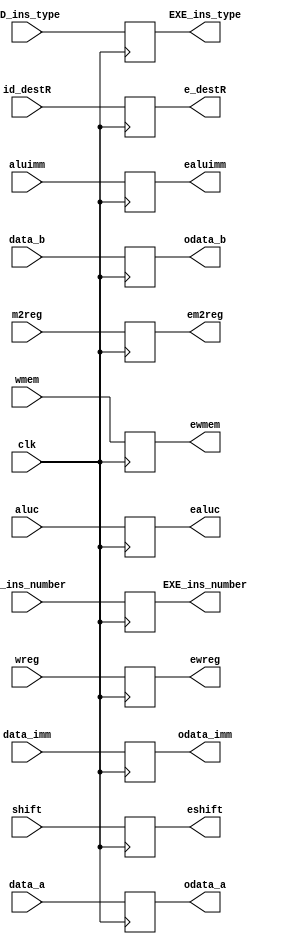
`timescale 1ns / 1ps
//////////////////////////////////////////////////////////////////////////////////
// Company: 
// Engineer: 
// 
// Design Name: 
// Module Name:    Reg_ID_EXE 
// Project Name: 
// Target Devices: 
// Tool versions: 
// Description: 
//
// Dependencies: 
//
// Revision: 
// Revision 0.01 - File Created
// Additional Comments: 
//
//////////////////////////////////////////////////////////////////////////////////
module Reg_ID_EXE(clk, wreg, m2reg, wmem, aluc, shift, aluimm, data_a, data_b, data_imm, id_destR, //inputs
								ewreg, em2reg, ewmem, ealuc, eshift, ealuimm, odata_a,odata_b, odata_imm, e_destR,
								ID_ins_type, ID_ins_number, EXE_ins_type, EXE_ins_number);	//outputs
	input	clk;
	input wreg,	m2reg, wmem, shift, aluimm;
	input [3:0]  aluc;
	input [31:0] data_a,	data_b, data_imm;
	input [4:0]  id_destR;
	input [3:0]  ID_ins_type;
	input [3:0]	 ID_ins_number;
	
	output ewreg, em2reg, ewmem, eshift, ealuimm;
	output [3:0]  ealuc;
	output [31:0] odata_a, odata_b, odata_imm;
	output [4:0]  e_destR;
	output [3:0]  EXE_ins_type;
	output [3:0]  EXE_ins_number;
	
	reg [3:0] EXE_ins_type;
	reg [3:0] EXE_ins_number;
	reg ewreg, em2reg, ewmem, eshift, ealuimm;
	reg [3:0]  ealuc;
	reg [31:0] odata_a, odata_b, odata_imm;
	reg [4:0]  e_destR;
	
	always@(posedge clk) begin
			ewreg <= wreg;
			em2reg <= m2reg;
			ewmem <= wmem;
			eshift <= shift;
			ealuimm <= aluimm;
			ealuc <= aluc;
			odata_a <= data_a;
			odata_b <= data_b;
			odata_imm <= data_imm;
			EXE_ins_type <= ID_ins_type;
			EXE_ins_number <= ID_ins_number;
			e_destR <= id_destR;
	end
endmodule